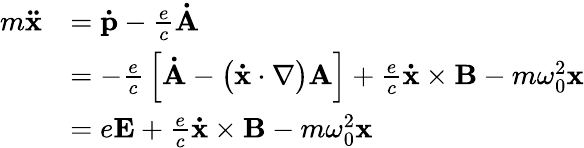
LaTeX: {\begin{array}{rl}{m\mathbf{\ddot{x}}}&{=\mathbf{\dot{p}}-{\frac{e}{c}}\mathbf{\dot{A}}}\\ &{=-{\frac{e}{c}}\left[\mathbf{\dot{A}}-\left(\mathbf{\dot{x}}\cdot\nabla\right)\mathbf{A}\right]+{\frac{e}{c}}\mathbf{\dot{x}}\times\mathbf{B}-m\omega_{0}^{2}\mathbf{x}}\\ &{=e\mathbf{E}+{\frac{e}{c}}\mathbf{\dot{x}}\times\mathbf{B}-m\omega_{0}^{2}\mathbf{x}}\end{array}}